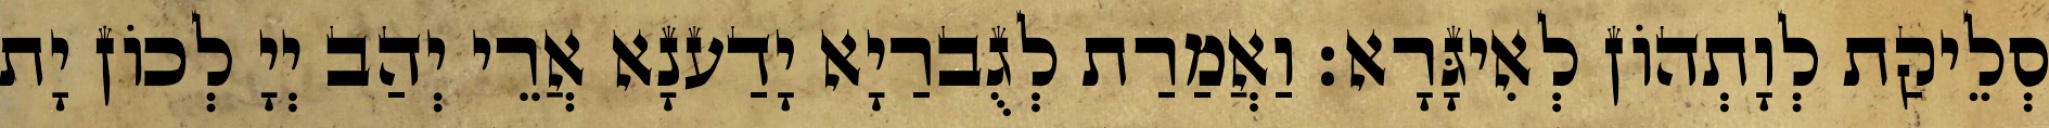
סְלֵיקַת לְוָתְהוֹן לְאִיגָּרָא׃ וַאֲמַרַת לְגֻברַיָא יָדַענָא אֲרֵי יְהַב יְיָ לְכוֹן יָת